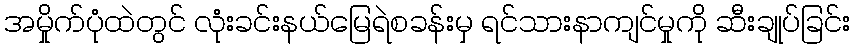
အမှိုက်ပုံထဲတွင် လုံးခင်းနယ်မြေရဲစခန်းမှ ရင်သားနာကျင်မှုကို ဆီးချုပ်ခြင်း